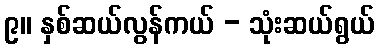
၉။ နှစ်ဆယ်လွန်ကယ် - သုံးဆယ်ရွယ်